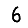
Digit: 6